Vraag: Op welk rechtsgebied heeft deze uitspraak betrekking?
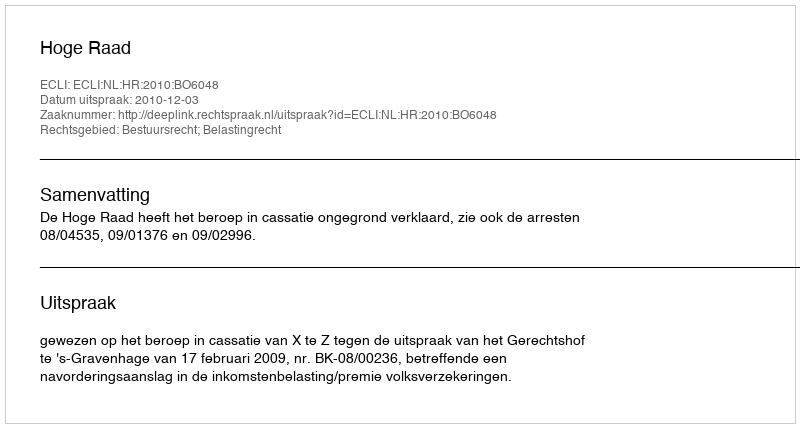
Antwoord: Bestuursrecht; Belastingrecht